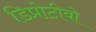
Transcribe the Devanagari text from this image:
डिप्रोटीवो